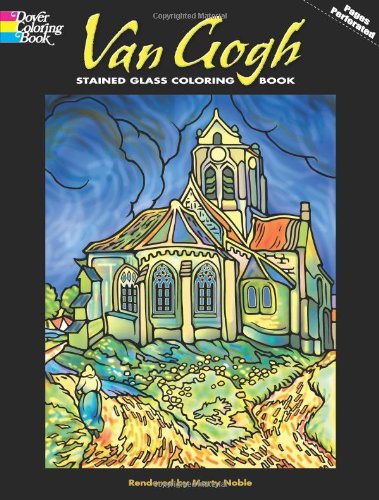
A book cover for Van Gogh Stained Glass Coloring Book; Arts & Photography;